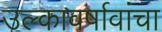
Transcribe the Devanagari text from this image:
उल्कावर्षावांचा